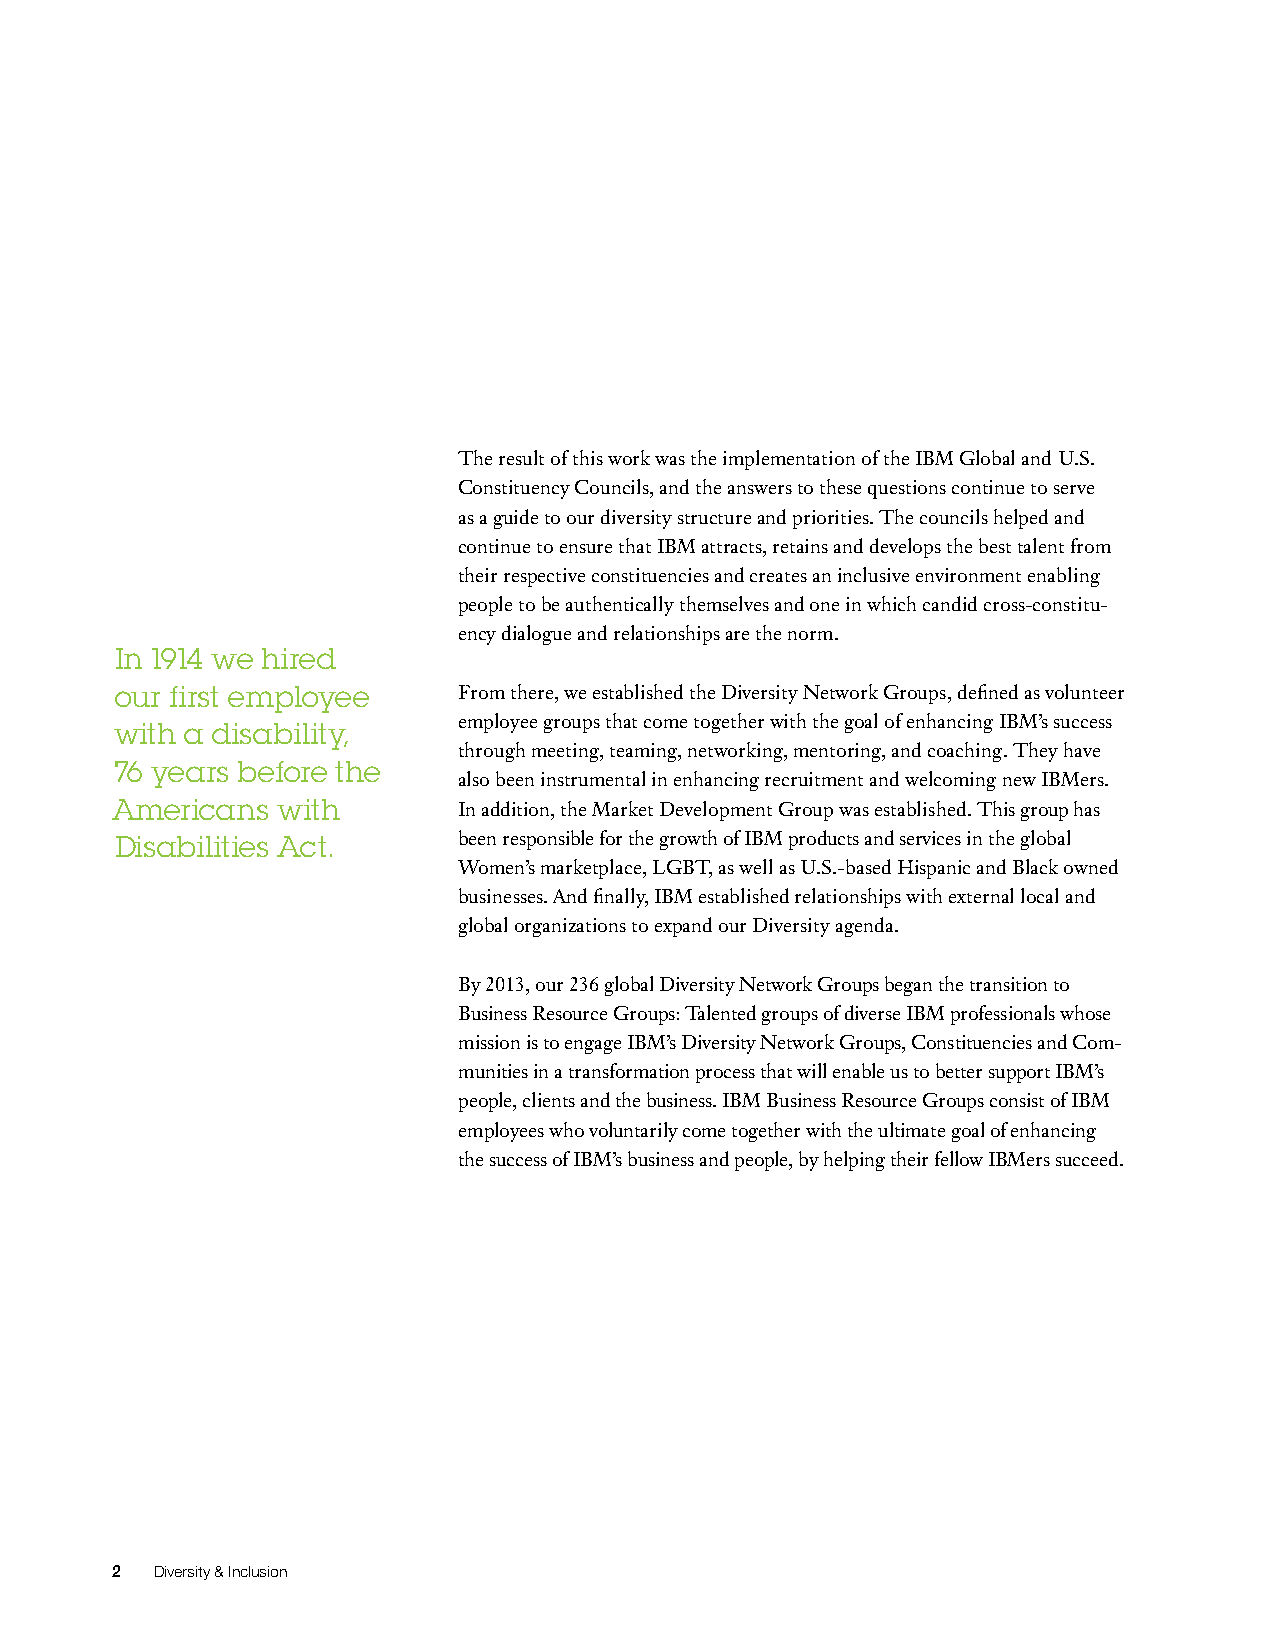
The result of this work was the implementation of the IBM Global and U.S.
 Constituency Councils, and the answers to these questions continue to serve
 as a guide to our diversity structure and priorities. The councils helped and
 continue to ensure that IBM attracts, retains and develops the best talent from
 their respective constituencies and creates an inclusive environment enabling
 people to be authentically themselves and one in which candid cross-constitu-
 ency dialogue and relationships are the norm.
 In 1914 we hired
 our first employee    From there, we established the Diversity Network Groups, defined as volunteer
 employee groups that come together with the goal of enhancing IBM’s success
 with a disability,
 through meeting, teaming, networking, mentoring, and coaching. They have
 76 years before the
 also been instrumental in enhancing recruitment and welcoming new IBMers.
 Americans  with        In addition, the Market Development Group was established. This group has
 Disabilities Act.     been responsible for the growth of IBM products and services in the global
 Women’s marketplace, LGBT, as well as U.S.-based Hispanic and Black owned
 businesses. And finally, IBM established relationships with external local and
 global organizations to expand our Diversity agenda.
 By 2013, our 236 global Diversity Network Groups began the transition to
 Business Resource Groups: Talented groups of diverse IBM professionals whose
 mission is to engage IBM’s Diversity Network Groups, Constituencies and Com-
 munities in a transformation process that will enable us to better support IBM’s
 people, clients and the business. IBM Business Resource Groups consist of IBM
 employees who voluntarily come together with the ultimate goal of enhancing
 the success of IBM’s business and people, by helping their fellow IBMers succeed.
 2  Diversity & Inclusion